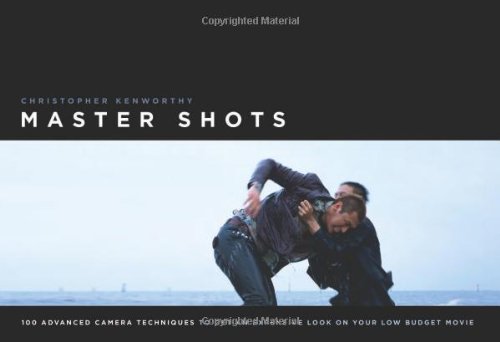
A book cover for Master Shots: 100 Advanced Camera Techniques to Get an Expensive Look on Your Low-Budget Movie; Christopher Kenworthy; Arts & Photography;